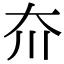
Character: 夼